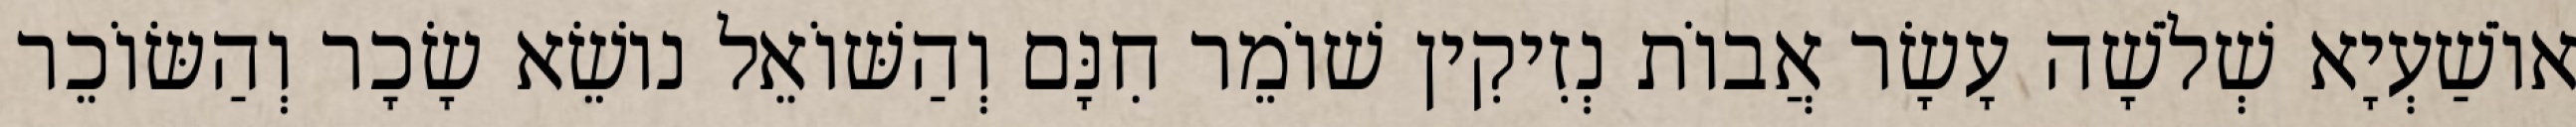
אוֹשַׁעְיָא שְׁלֹשָׁה עָשָׂר אֲבוֹת נְזִיקִין שׁוֹמֵר חִנָּם וְהַשּׁוֹאֵל נוֹשֵׂא שָׂכָר וְהַשּׂוֹכֵר